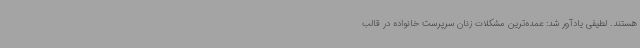
هستند. لطیفی یادآور شد: عمده‌ترین مشکلات زنان سرپرست خانواده در قالب